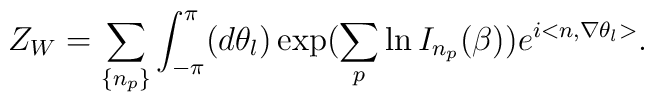
Z_W = \sum_{ \left\{ n_p \right\} }\int_{-\pi}^{\pi} (d\theta_l ) \exp (\sum_p \ln I_{n_p}(\beta ) )e^{i<n , \nabla \theta_l >}.